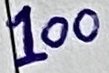
Text: 100